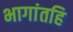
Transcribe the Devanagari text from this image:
भागांतहि